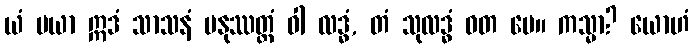
ယံ မယာ ဣဒံ သာသနံ မနုဿတ္တံ ဝါ လဒ္ဓံ, တံ သုလဒ္ဓံ ဝတ မေ။ ကသ္မာ? ယောဟံ